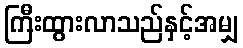
ကြီးထွားလာသည်နှင့်အမျှ